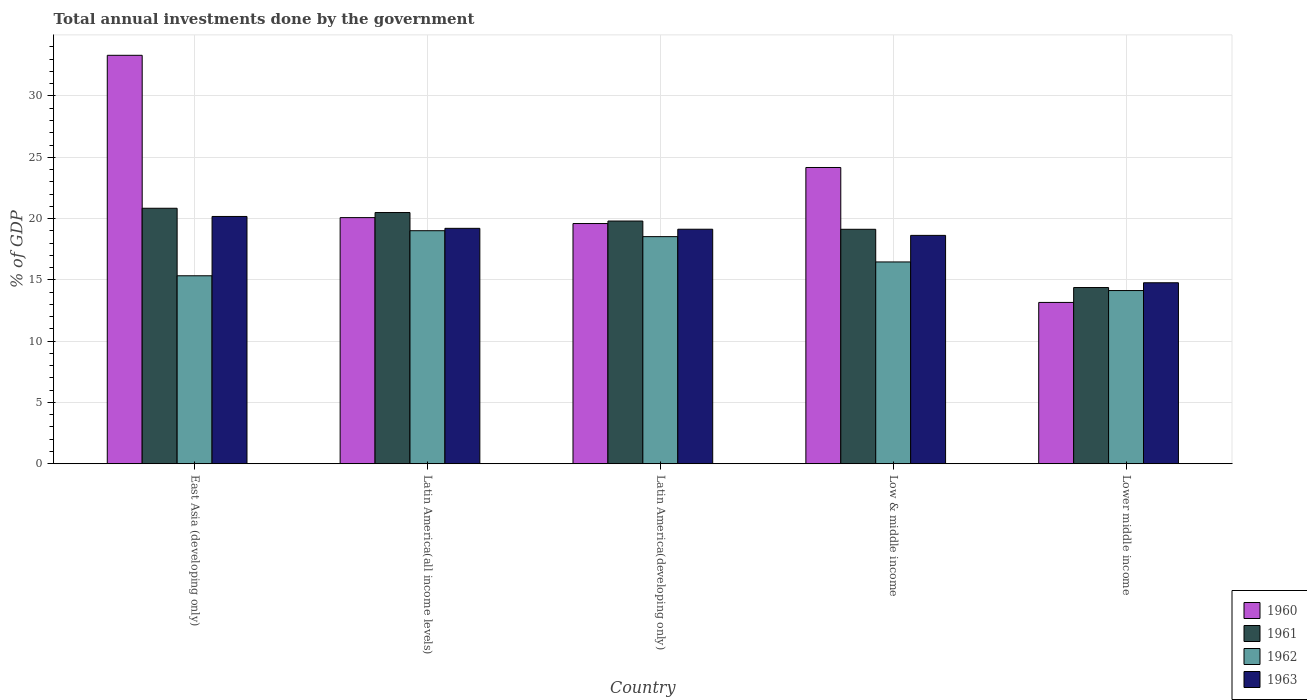
| Country | 1960 | 1961 | 1962 | 1963 |
 | --- | --- | --- | --- | --- |
 | East Asia (developing only) | 33.3 | 20.8 | 15.3 | 20.2 |
 | Latin America(all income levels) | 20.1 | 20.5 | 19 | 19.2 |
 | Latin America(developing only) | 19.6 | 19.8 | 18.5 | 19.1 |
 | Low & middle income | 24.2 | 19.1 | 16.5 | 18.6 |
 | Lower middle income | 13.2 | 14.4 | 14.1 | 14.8 |